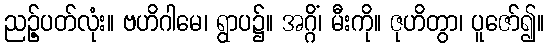
ညဉ့်ပတ်လုံး။ ဗဟိဂါမေ၊ ရွာပ၌။ အဂ္ဂိံ၊ မီးကို။ ဇုဟိတွာ၊ ပူဇော်၍။